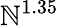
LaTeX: \mathbb{N}^{1.35}